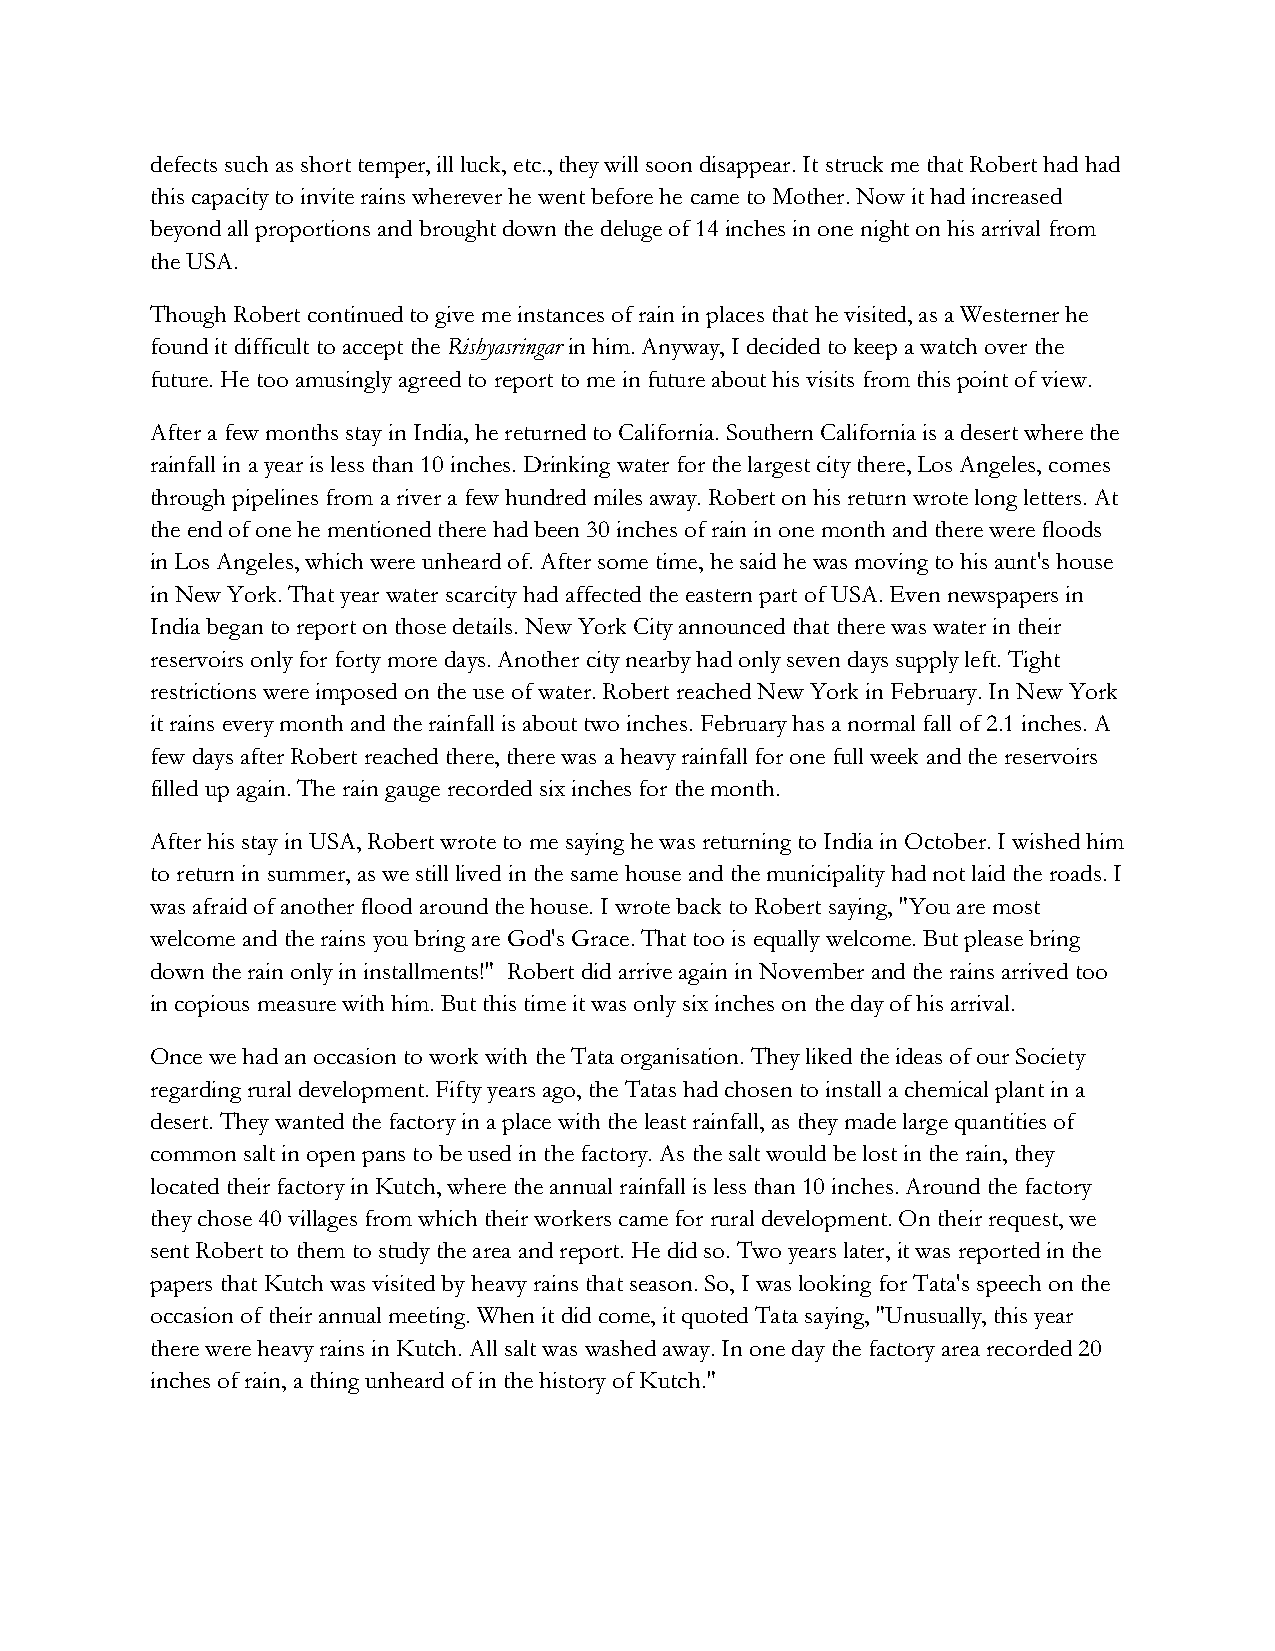
defects such as short temper, ill luck, etc., they will soon disappear. It struck me that Robert had had
 this capacity to invite rains wherever he went before he came to Mother. Now it had increased
 beyond all proportions and brought down the deluge of 14 inches in one night on his arrival from
 the USA.
 Though Robert continued to give me instances of rain in places that he visited, as a Westerner he
 found it difficult to accept the Rishyasringar in him. Anyway, I decided to keep a watch over the
 future. He too amusingly agreed to report to me in future about his visits from this point of view.
 After a few months stay in India, he returned to California. Southern California is a desert where the
 rainfall in a year is less than 10 inches. Drinking water for the largest city there, Los Angeles, comes
 through pipelines from a river a few hundred miles away. Robert on his return wrote long letters. At
 the end of one he mentioned there had been 30 inches of rain in one month and there were floods
 in Los Angeles, which were unheard of. After some time, he said he was moving to his aunt's house
 in New York. That year water scarcity had affected the eastern part of USA. Even newspapers in
 India began to report on those details. New York City announced that there was water in their
 reservoirs only for forty more days. Another city nearby had only seven days supply left. Tight
 restrictions were imposed on the use of water. Robert reached New York in February. In New York
 it rains every month and the rainfall is about two inches. February has a normal fall of 2.1 inches. A
 few days after Robert reached there, there was a heavy rainfall for one full week and the reservoirs
 filled up again. The rain gauge recorded six inches for the month.
 After his stay in USA, Robert wrote to me saying he was returning to India in October. I wished him
 to return in summer, as we still lived in the same house and the municipality had not laid the roads. I
 was afraid of another flood around the house. I wrote back to Robert saying, "You are most
 welcome and the rains you bring are God's Grace. That too is equally welcome. But please bring
 down the rain only in installments!" Robert did arrive again in November and the rains arrived too
 in copious measure with him. But this time it was only six inches on the day of his arrival.
 Once we had an occasion to work with the Tata organisation. They liked the ideas of our Society
 regarding rural development. Fifty years ago, the Tatas had chosen to install a chemical plant in a
 desert. They wanted the factory in a place with the least rainfall, as they made large quantities of
 common salt in open pans to be used in the factory. As the salt would be lost in the rain, they
 located their factory in Kutch, where the annual rainfall is less than 10 inches. Around the factory
 they chose 40 villages from which their workers came for rural development. On their request, we
 sent Robert to them to study the area and report. He did so. Two years later, it was reported in the
 papers that Kutch was visited by heavy rains that season. So, I was looking for Tata's speech on the
 occasion of their annual meeting. When it did come, it quoted Tata saying, "Unusually, this year
 there were heavy rains in Kutch. All salt was washed away. In one day the factory area recorded 20
 inches of rain, a thing unheard of in the history of Kutch."